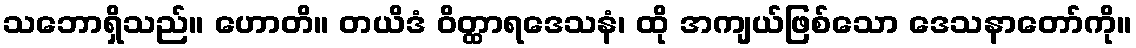
သဘောရှိသည်။ ဟောတိ။ တယိဒံ ဝိတ္ထာရဒေသနံ၊ ထို အကျယ်ဖြစ်သော ဒေသနာတော်ကို။